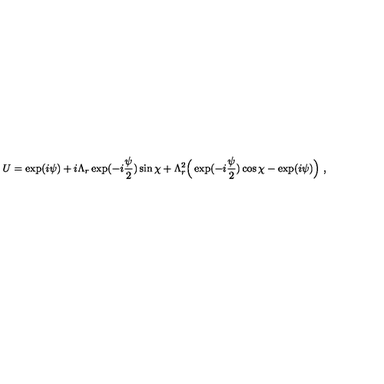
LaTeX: U = \exp ( i \psi ) + i \Lambda _ { r } \exp ( - i \frac { \psi } { 2 } ) \sin \chi + \Lambda _ { r } ^ { 2 } \Bigr ( \exp ( - i \frac { \psi } { 2 } ) \cos \chi - \exp ( i \psi ) \Bigr ) \ ,